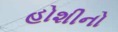
હોશીનો